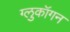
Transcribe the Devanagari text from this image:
ग्लुकॉगन